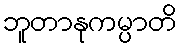
ဘူတာနုကမ္ပာတိ